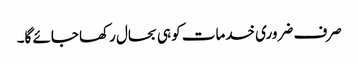
صرف ضروری خدمات کو ہی بحال رکھا جائے گا۔